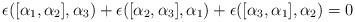
LaTeX: \begin{align*}\epsilon([\alpha_{1},\alpha_{2}],\alpha_{3})+\epsilon([\alpha_{2},\alpha_{3}],\alpha_{1})+\epsilon([\alpha_{3},\alpha_{1}],\alpha_{2})=0\end{align*}